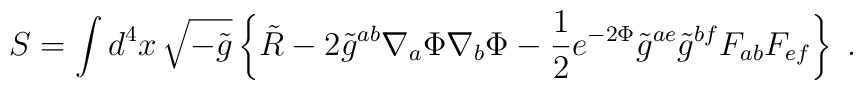
S=\int d^4x\,\sqrt{-\tilde g}\left\{\tilde R-2\tilde g^{ab}\nabla_a\Phi\nabla_b\Phi-{1\over2}e^{-2\Phi}\tilde g^{ae}\tilde g^{bf}F_{ab}F_{ef}\right\}\;.